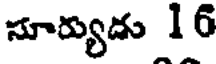
సూర్యుడు 16